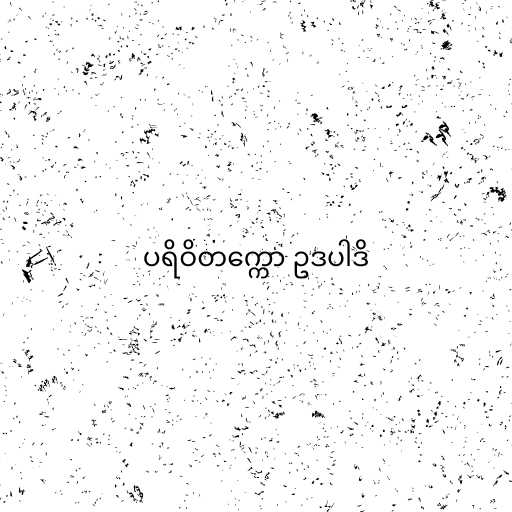
ပရိဝိတက္ကော ဥဒပါဒိ